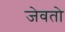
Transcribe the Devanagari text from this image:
जेवतो